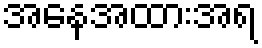
အနေအထားအရ